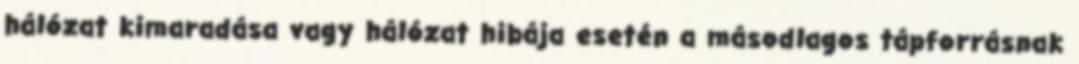
hálózat kimaradása vagy hálózat hibája esetén a másodlagos tápforrásnak